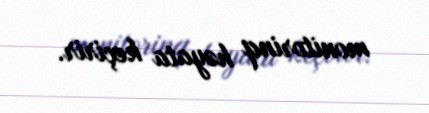
monitorinq həyata keçirir.